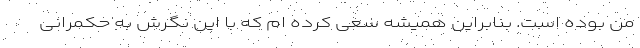
من بوده است. بنابراین همیشه سعی کرده ام که با این نگرش به حکمرانی